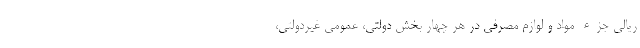
ریالی جزء مواد و لوازم مصرفی در هر چهار بخش دولتی، عمومی غیردولتی،